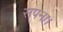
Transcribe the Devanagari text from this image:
सपना।